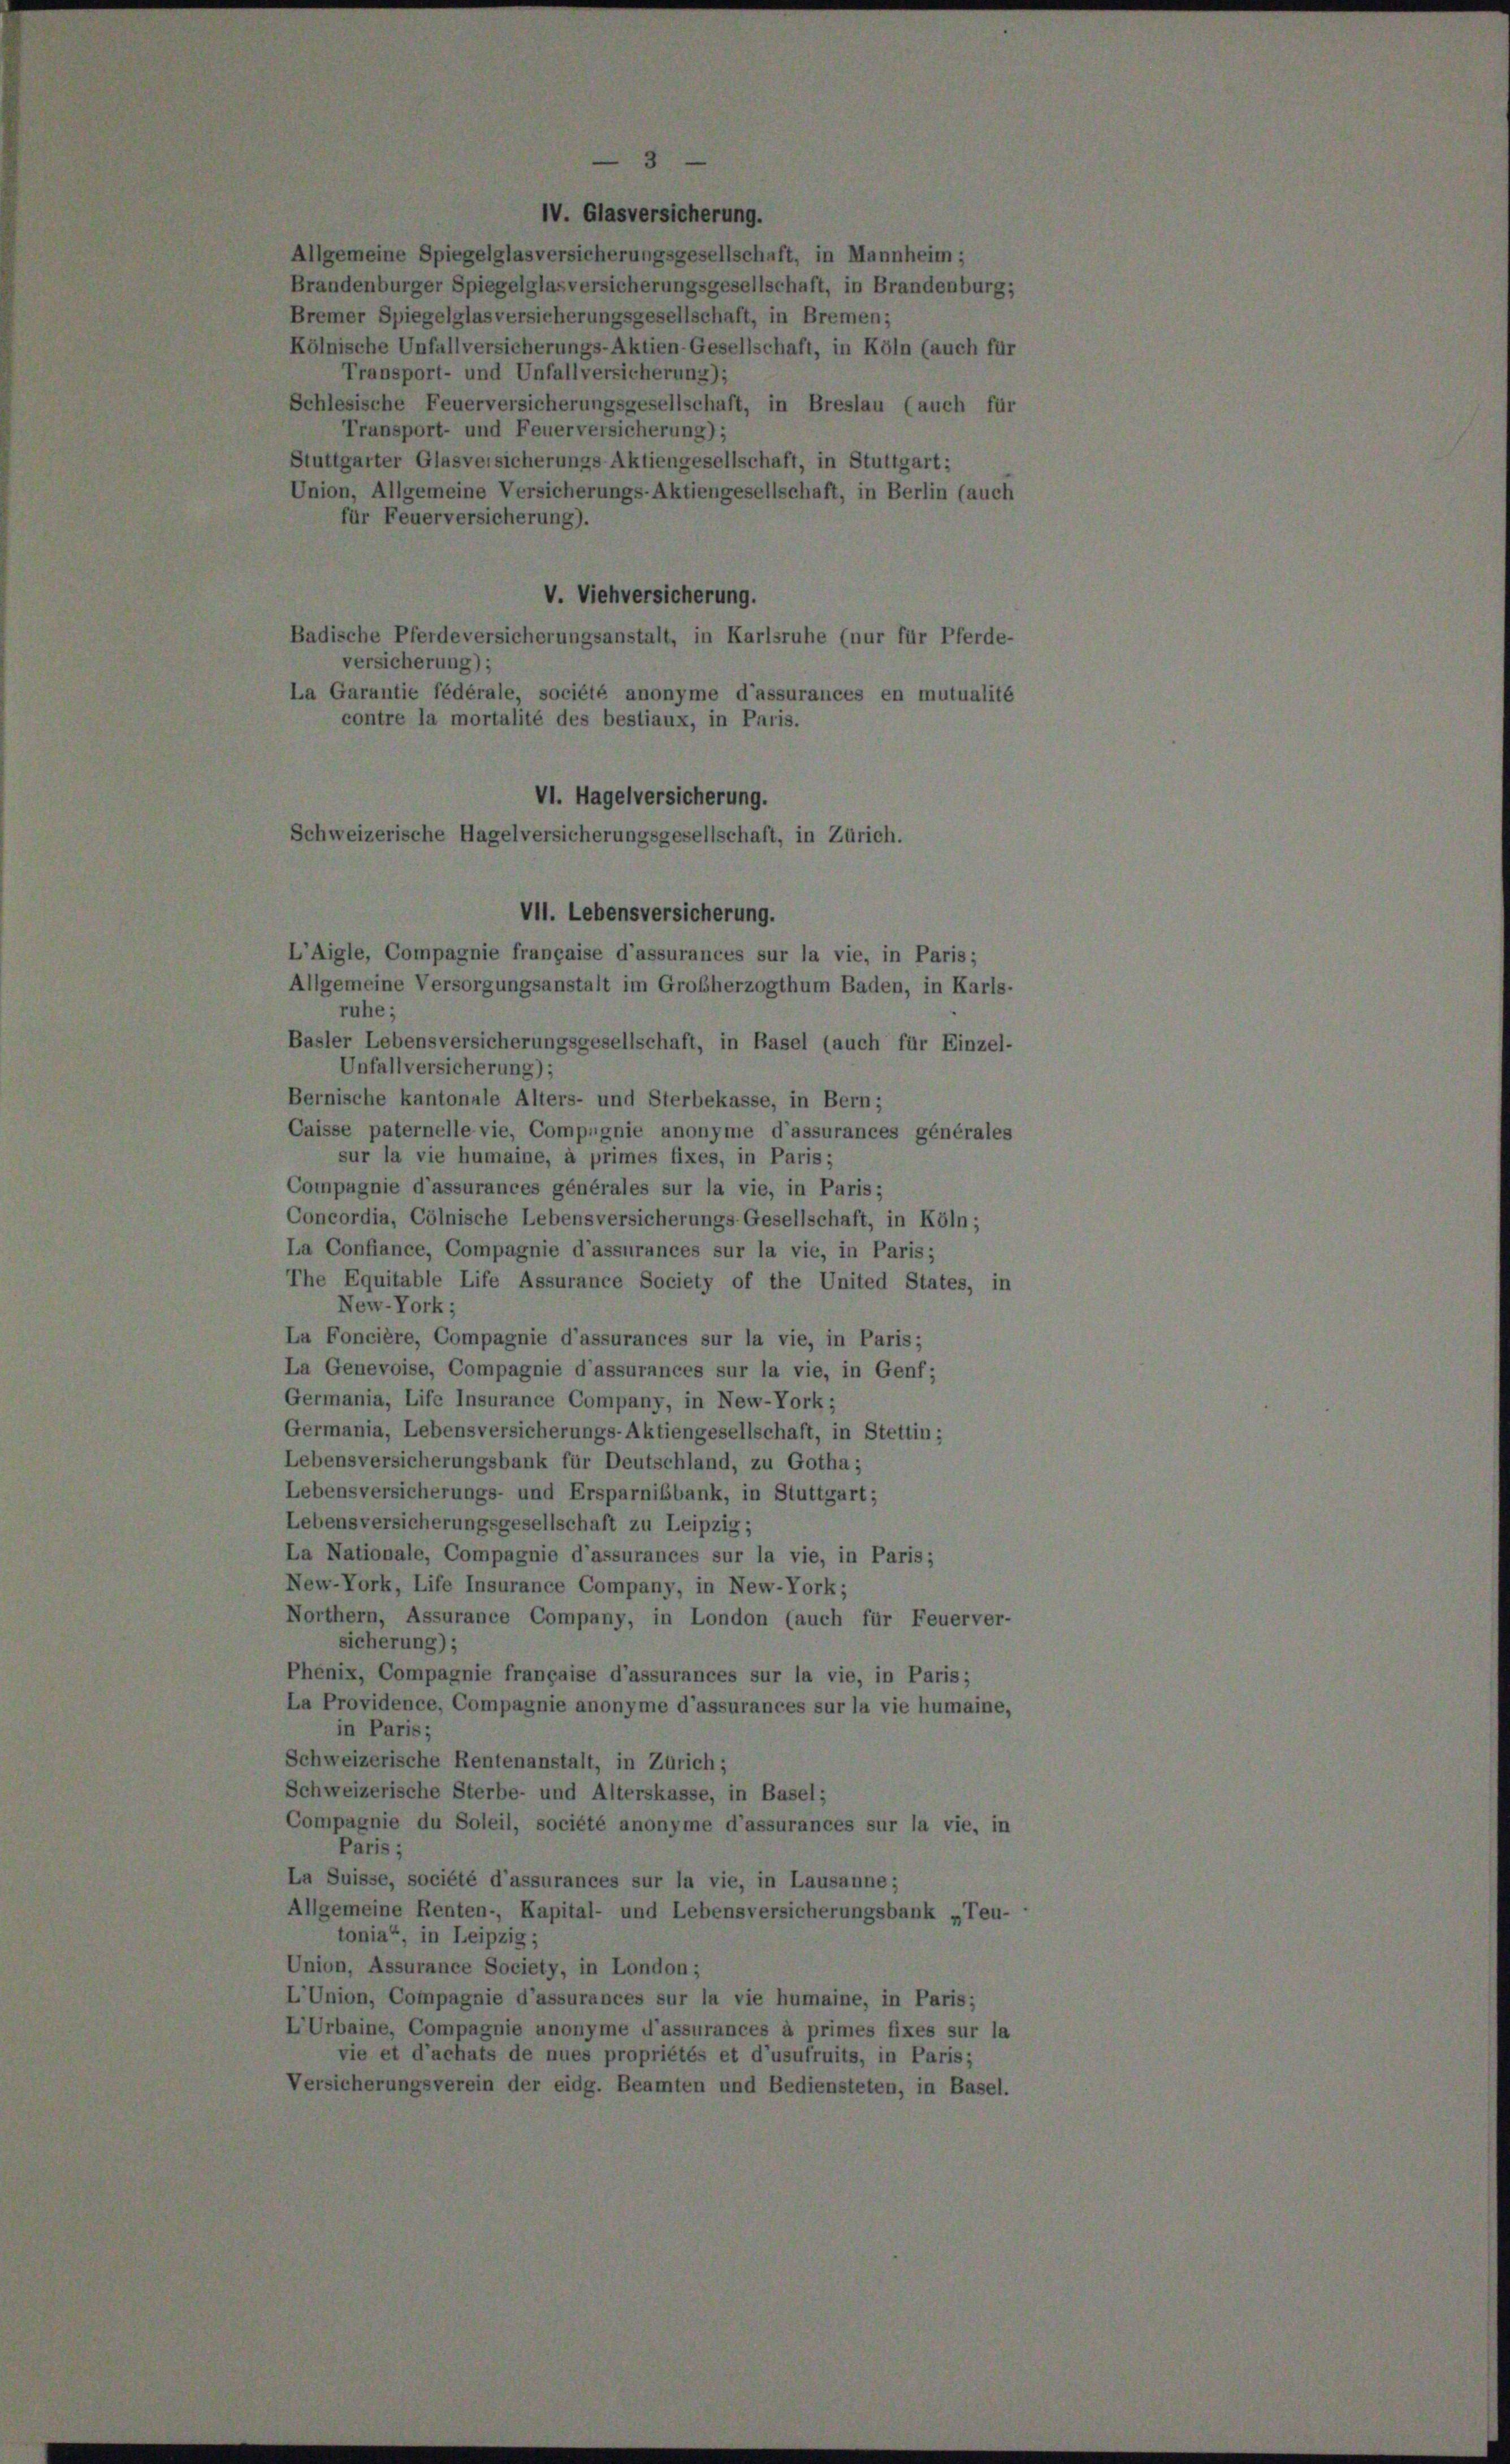
Allgemeine Spiegelglasversicherungsgesellschaft, in Mannheim;
Brandenburger Spiegelglas versicherungsgesellschaft, in Brandenburg
Bremer Spiegelglas versicherungsgesellschaft, in Bremen;
Kölnische Unfallversicherungs-Aktien-Gesellschaft, in Köln (auch für
Transport- und Unfallversicherung);
Schlesische Feuerversicherungsgesellschaft, in Breslau (auch für
Transport- und Feuerversicherung);
Stuttgarter Glasversicherungs Aktiengesellschaft, in Stuttgart;
Union, Allgemeine Versicherungs-Aktiengesellschaft, in Berlin (auch
für Feuerversicherung).
V. Viehversicherung.
Badische Pferdeversicherungsanstalt, in Karlsruhe (nur für Pferde
versicherung);
La Garantie fédérale, société anonyme d’assurances en mutualité
contre la mortalité des bestiaux, in Paris.
VI. Hagelversicherung.
Schweizerische Hagelversicherungsgesellschaft, in Zürich.
VII. Lebensversicherung.
L’Aigle, Compagnie française d’assurances sur la vie, in Paris;
Allgemeine Versorgungsanstalt im Großherzogthum Baden, in Karls
ruhe;
Basler Lebensversicherungsgesellschaft, in Basel (auch für Einzel
Unfallversicherung);
Bernische kantonale Alters- und Sterbekasse, in Bern;
Caisse paternelle vie, Compagnie anonyme d’assurances générale,
sur la vie humaine, à primes fixes, in Paris;
Compagnie d’assurances générales sur la vie, in Paris;
Concordia, Cölnische Lebensversicherungs-Gesellschaft, in Köln;
La Confiance, Compagnie d’assurances sur la vie, in Paris;
The Equitable Life Assurance Society of the United States, in
New-York;
La Foncière, Compagnie d’assurances sur la vie, in Paris;
La Genevoise, Compagnie d’assurances sur la vie, in Genf;
Germania, Life Insurance Company, in New-York;
Germania, Lebensversicherungs-Aktiengesellschaft, in Stettin;
Lebensversicherungsbank für Deutschland, zu Gotha;
Lebensversicherungs- und Ersparnisbank, in Stuttgart;
Lebensversicherungsgesellschaft zu Leipzig;
La Nationale, Compagnie d’assurances sur la vie, in Paris;
New-York, Life Insurance Company, in New-York;
Northern, Assurance Company, in London (auch für Feuerver
sicherung);
Phénix, Compagnie française d’assurances sur la vie, in Paris;
La Providence, Compagnie anonyme d’assurances sur la vie humaine
in Paris;
Schweizerische Rentenanstalt, in Zürich;
Schweizerische Sterbe- und Alterskasse, in Basel;
Compagnie du Soleil, société anonyme d’assurances sur la vie, in
Paris;
La Suisse, société d’assurances sur la vie, in Lausanne;
Allgemeine Renten-, Kapital- und Lebensversicherungsbank „Teu
tonia“, in Leipzig;
Union, Assurance Society, in London;
L’Union, Compagnie d’assurances sur la vie humaine, in Paris;
LUrbaine, Compagnie unonyme d’assurances à primes fixes sur la
vie et d’achats de nues propriétés et d’usufruits, in Paris;
Versicherungsverein der eidg. Beamten und Bediensteten, in Basel.